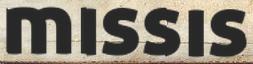
missis